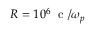
R = 1 0 ^ { 6 } \; \mathrm { ~ c ~ } / \omega _ { p }